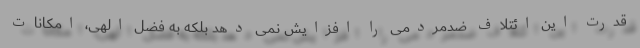
قدرت این ائتلاف ضدمردمی را افزایش نمی دهد بلکه به فضل الهی، امکانات